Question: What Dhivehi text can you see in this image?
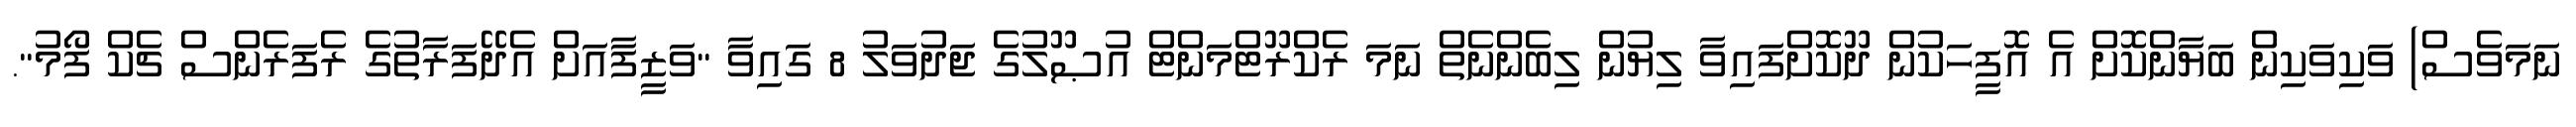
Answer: ނަމަވެސް) ވަކިވަކިން ބަޔާންކޮށް އެ އޮފީހަކުން ދޫކޮށްފައިވާ ލިޔުން ލިބެންނެތް ނަމަ ރެކްރޫޓްމަންޓް އުޞޫލުގެ ޖަދުވަލު 8 ގައިވާ "ވަޒީފާއަށް އެދޭފަރާތުގެ ރެފަރެންސް ޗެކް ފޯމު".